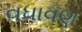
વધાવણ